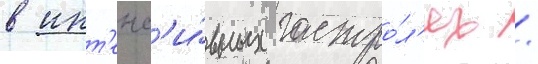
в инт'енс'и́вных гастро́л'ях /